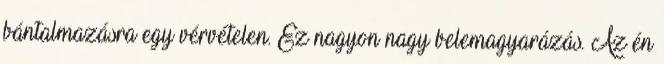
bántalmazásra egy vérvételen. Ez nagyon nagy belemagyarázás. Az én